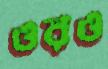
ওরও